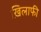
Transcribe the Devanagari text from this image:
ख़िलाफी